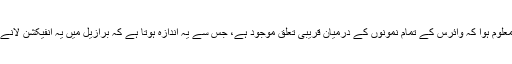
تحقیق کے دوران انھیں معلوم ہوا کہ وائرس کے تمام نمونوں کے درمیان قریبی تعلق موجود ہے، جس سے یہ اندازہ ہوتا ہے کہ برازیل میں یہ انفیکشن لانے والا ایک ہی شخص تھا۔